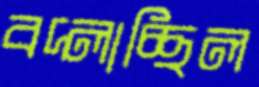
বদ্‌লাচ্ছিল